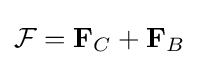
{\mathcal {F}}=\mathbf {F} _{C}+\mathbf {F} _{B}